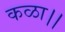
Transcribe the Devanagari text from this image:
कळा।।